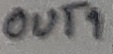
Text: OUT1